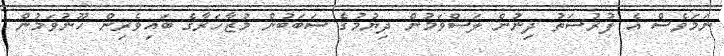
ނަމަވެސް އެ ފުރުސަތު ދިނުން ލަސްވަމުން ދިޔުމުގެ ސަބަބުން މުޒާހަރާގެ ބައިވެރިން ހޫނުވަމުން